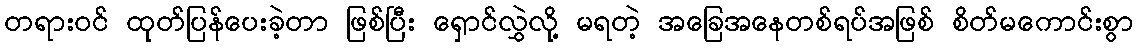
တရားဝင် ထုတ်ပြန်ပေးခဲ့တာ ဖြစ်ပြီး ရှောင်လွှဲလို့ မရတဲ့ အခြေအနေတစ်ရပ်အဖြစ် စိတ်မကောင်းစွာ